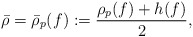
\begin{align*}\bar{\rho}=\bar{\rho}_p(f):=\frac{\rho_p(f)+h(f)}{2},\end{align*}